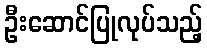
ဦးဆောင်ပြုလုပ်သည့်